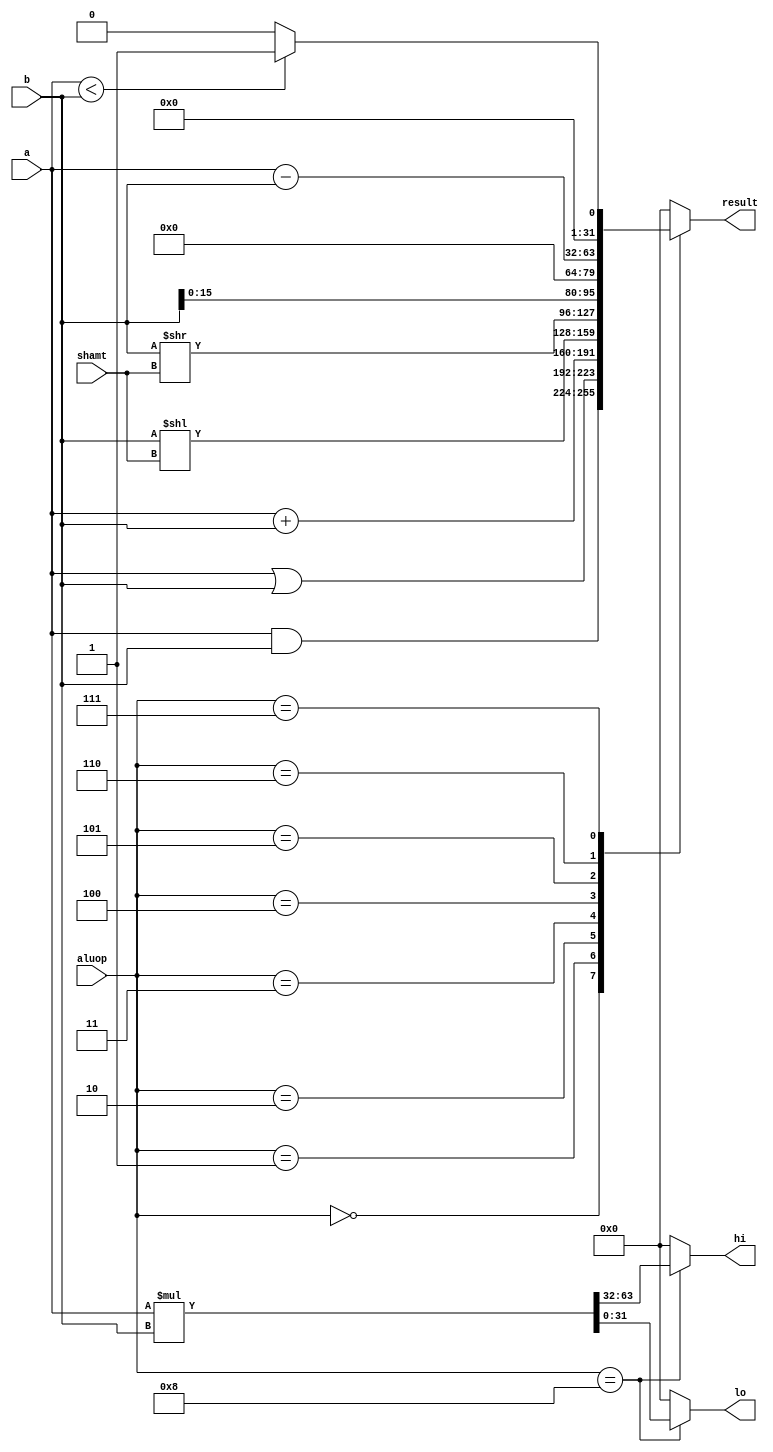
module alu(a, b, aluop, shamt,  result, hi, lo);
   input signed    [31:0]    a, b;
   input [3:0]               aluop;
   input [4:0]               shamt;
   
   output signed [31:0]      result, hi, lo;
   reg [31:0]                result, hi, lo;
   
   
   always @(a or b or aluop or shamt)
     begin
        lo = 0;
        hi = 0;
        result = 0;
        case (aluop)
          4'b0000:    result = a & b;          // and
          4'b0001:    result = a | b;          // or
          4'b0010:    result = a+b;            // add
          4'b0011:    result = b << shamt;     // shift left
          4'b0100:    result = b >> shamt;     // shift right
          4'b0101:    result = b << 16;        // load upper immidate
          4'b0110:    result = a-b;            // subtract    
          4'b0111:            // set if less than
            if (a < b)
              result = 1;
            else
              result = 0;
          4'b1000:    begin                // multiply
             {hi,lo} = a*b;
          end
          default:     result = 0;
        endcase
     end
endmodule